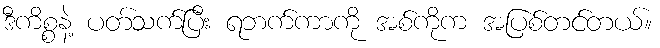
ဒီကိစ္စနဲ့ ပတ်သက်ပြီး ရဘက်ကာကို အစ်ကိုက အပြစ်တင်တယ်။